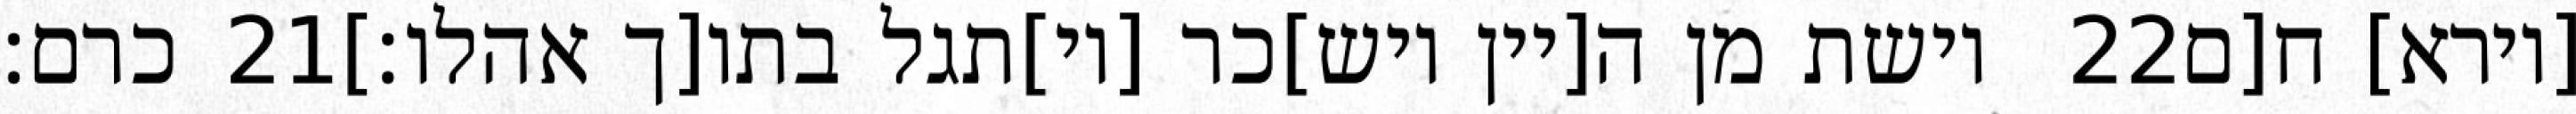
כרם׃ ‎21‏ וישת מן ה[יין ויש]כר [וי]תגל בתו[ך אהלו׃] ‎22‏ [וירא] ח[ם